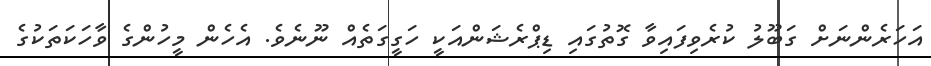
އަހަރެންނަށް ގަބޫލު ކުރެވިފައިވާ ގޮތުގައި ޑިޕްރެޝަންއަކީ ހަގީގަތެއް ނޫނެވެ. އެހެން މީހުންގެ ވާހަކަތަކުގެ